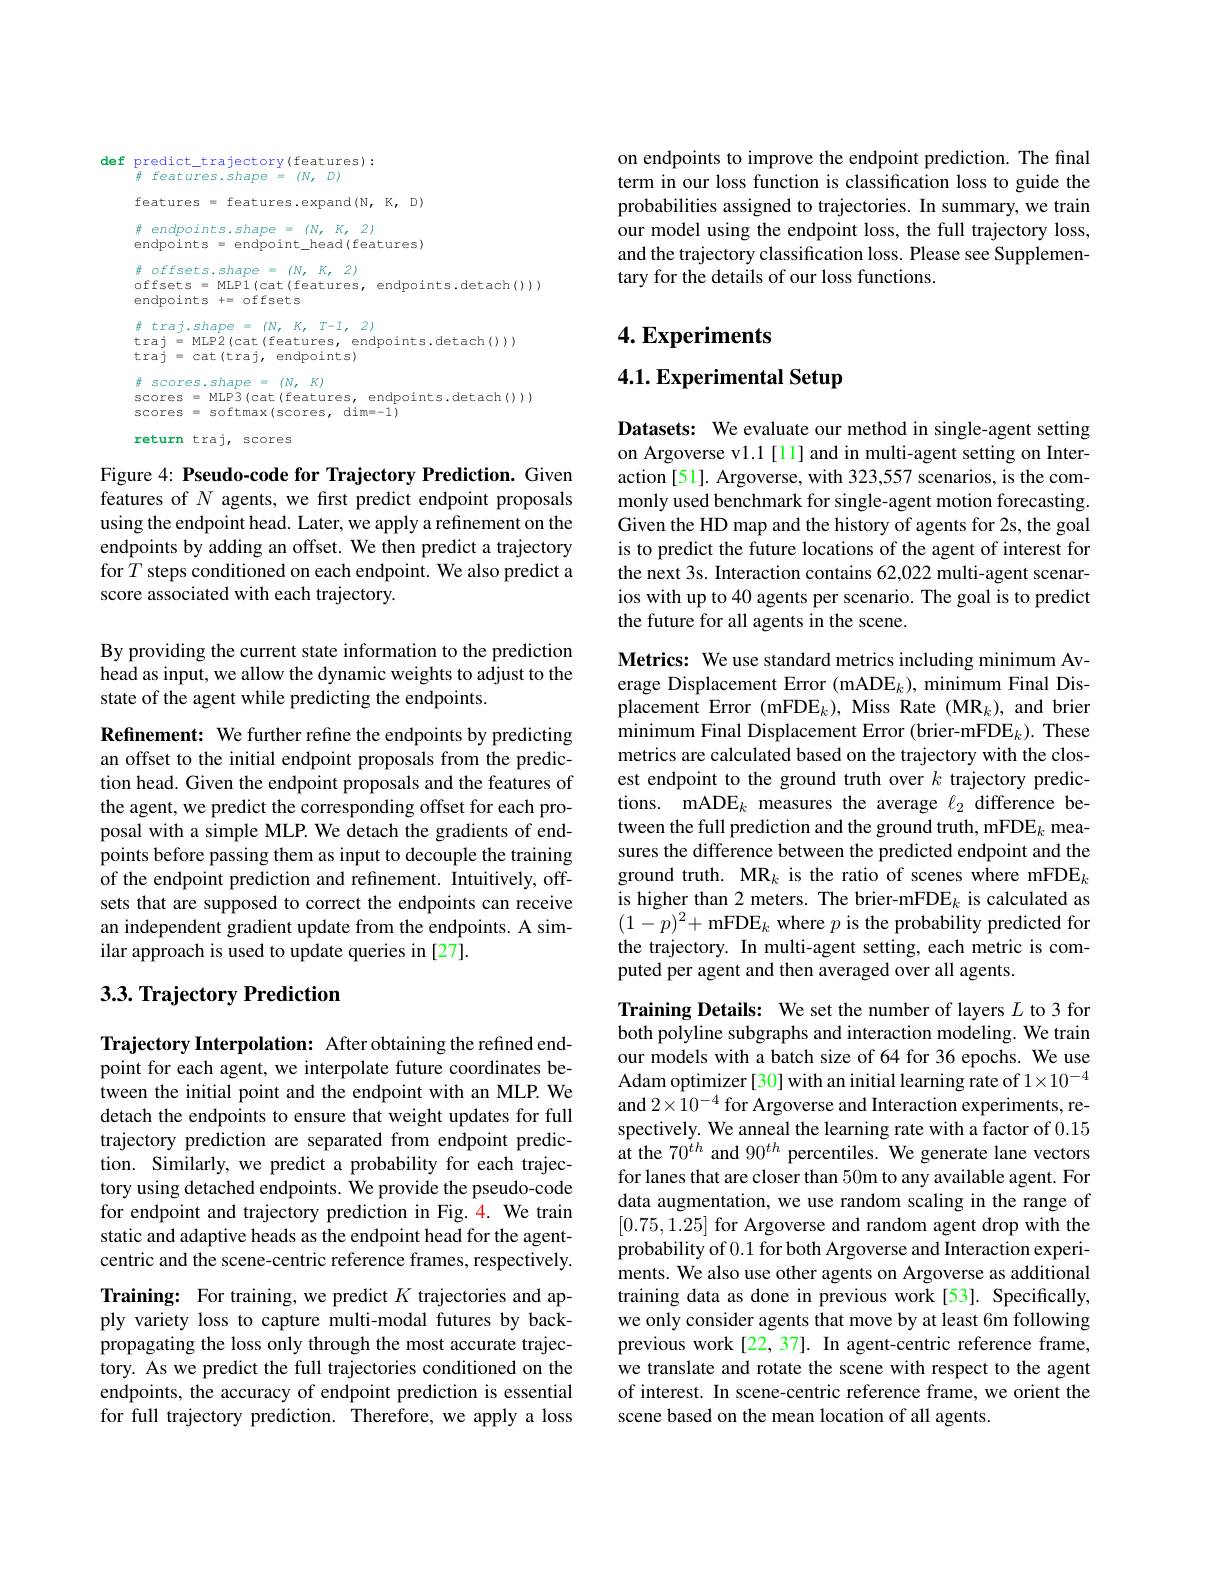
def predict\_trajectory(features):
$features.shape=(N,D)$
features = features.expand(N,K,D)
$\#$ endpoints.shape $=(N,K,2)$
endpoints = endpoint\_head(features)
$\#$ offsets.shape $=(N,K,2)$
offsets = MLP1(cat(features, endpoints.detach()))
endpoints += offsets
$\#$ traj.shape $=(N,K,T-1,2)$
traj = MLP2 (cat (features, endpoints.detach()))
traj = cat (traj, endpoints)
$\#$ scores.shape = (N, K)
scores = MLP3 ( cat ( features, endpoints. detach()))
scores = softmax(scores, dim=-1)

return traj, scores

Figure 4: Pseudo-code for Trajectory Prediction. Given features of $N$ agents, we first predict endpoint proposals using the endpoint head. Later, we apply a refinement on the endpoints by adding an offset. We then predict a trajectory for $T$ steps conditioned on each endpoint. We also predict a score associated with each trajectory.

By providing the current state information to the prediction head as input, we allow the dynamic weights to adjust to the state of the agent while predicting the endpoints.

Refinement: We further refine the endpoints by predicting an offset to the initial endpoint proposals from the prediction head. Given the endpoint proposals and the features of the agent, we predict the corresponding offset for each proposal with a simple MLP. We detach the gradients of endpoints before passing them as input to decouple the training of the endpoint prediction and refinement. Intuitively, offsets that are supposed to correct the endpoints can receive an independent gradient update from the endpoints. A similar approach is used to update queries in [27].

## $3. 3. \textbf{Trajectory Prediction}$

Trajectory Interpolation: After obtaining the refined endpoint for each agent, we interpolate future coordinates between the initial point and the endpoint with an MLP. We detach the endpoints to ensure that weight updates for full trajectory prediction are separated from endpoint prediction. Similarly, we predict a probability for each trajectory using detached endpoints. We provide the pseudo-code for endpoint and trajectory prediction in Fig.4. We train static and adaptive heads as the endpoint head for the agentcentric and the scene-centric reference frames, respectively. Training: For training, we predict $K$ trajectories and apply variety loss to capture multi-modal futures by backpropagating the loss only through the most accurate trajectory. As we predict the full trajectories conditioned on the endpoints, the accuracy of endpoint prediction is essential for full trajectory prediction. Therefore, we apply a loss

on endpoints to improve the endpoint prediction. The final term in our loss function is classification loss to guide the probabilities assigned to trajectories. In summary, we train our model using the endpoint loss, the full trajectory loss, and the trajectory classification loss. Please see Supplementary for the details of our loss functions.

## $4. \textbf{Experiments}$

4.1. Experimental Setup

Datasets: We evaluate our method in single-agent setting on Argoverse vl.1[11] and in multi-agent setting on Interaction [51]. Argoverse, with 323,557 scenarios, is the commonly used benchmark for single-agent motion forecasting. Given the HD map and the history of agents for 2s, the goal is to predict the future locations of the agent of interest for the next 3s. Interaction contains 62,022 multi-agent scenarios with up to 40 agents per scenario. The goal is to predict the future for all agents in the scene.

Metrics: We use standard metrics including minimum Average Displacement Error (mADE$_k)$, minimum Final Displacement Error (mFDE$_k)$, Miss Rate (MR$_k)$, and brier minimum Final Displacement Error (brier-mFDE$_k).$ These metrics are calculated based on the trajectory with the closest endpoint to the ground truth over $k$ trajectory predictions. mADE$_k$ measures the average $\ell_2$ difference between the full prediction and the ground truth, mFDE$_k$ measures the difference between the predicted endpoint and the ground truth. MR$_k$ is the ratio of scenes where mFDE$_k$ is higher than 2 meters. The brier-mFDE_k is calculated as $(1-p)^{2}+$ mFDE$_k$ where $p$ is the probability predicted for the trajectory. In multi-agent setting, each metric is computed per agent and then averaged over all agents.

Training Details: We set the number of layers $L$ to 3 for both polyline subgraphs and interaction modeling. We train our models with a batch size of 64 for 36 epochs. We use Adam optimizer [30] with an initial learning rate of $1\times10^{-4}$ and $2\times10^{-4}$ for Argoverse and Interaction experiments, respectively. We anneal the learning rate with a factor of 0.15 at the $70^{th}$ and 90$^{th}$ percentiles. We generate lane vectors for lanes that are closer than 50m to any available agent. For data augmentation, we use random scaling in the range of [0.75,1.25] for Argoverse and random agent drop with the probability of 0.1 for both Argoverse and Interaction experiments. We also use other agents on Argoverse as additional training data as done in previous work [53]. Specifically, we only consider agents that move by at least 6m following previous work[22,37]. In agent-centric reference frame, we translate and rotate the scene with respect to the agent of interest. In scene-centric reference frame, we orient the scene based on the mean location of all agents.